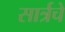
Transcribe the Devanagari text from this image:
सार्त्रचे